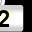
Digit: 2